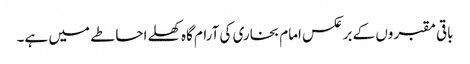
باقی مقبروں کے برعکس امام بخاری کی آرام گاہ کھلے احاطے میں ہے۔